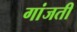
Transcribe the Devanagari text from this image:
गांजती